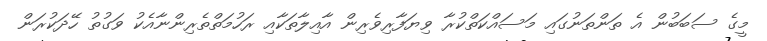
މީގެ ސަބަބުން އެ ތަންތަނުގައި މަސައްކަތްކުރާ ވިޔަފާރިވެރިން އާއިލާތަކާއި ރަހުމަތްތެރިންނާއެކު ވަގުތު ހޭދަކުރަން